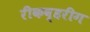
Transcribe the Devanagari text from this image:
रीकव्हरीग